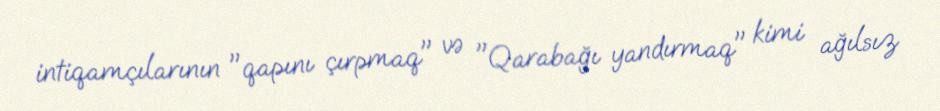
intiqamçılarının "qapını çırpmaq" və "Qarabağı yandırmaq" kimi ağılsız